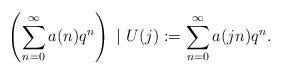
LaTeX: \begin{align*} \left( \sum_{n=0}^\infty a(n)q^n \right)\ |\ U(j):=\sum_{n=0}^\infty a(jn)q^n.\end{align*}